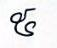
៥